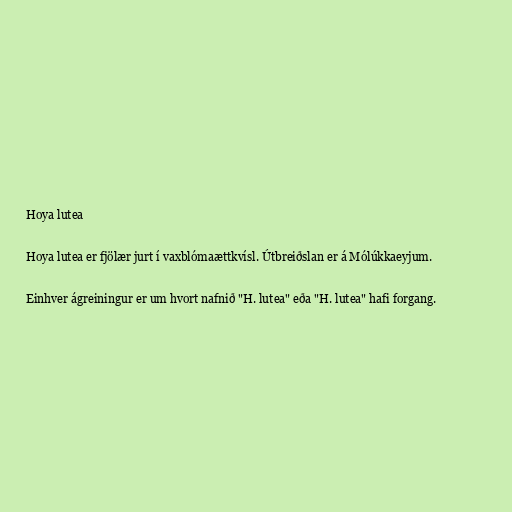
Hoya lutea

Hoya lutea er fjölær jurt í vaxblómaættkvísl. Útbreiðslan er á Mólúkkaeyjum.

Einhver ágreiningur er um hvort nafnið "H. lutea" eða "H. lutea" hafi forgang.